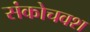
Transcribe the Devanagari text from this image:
संकोचवश